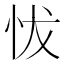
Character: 𢘀